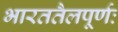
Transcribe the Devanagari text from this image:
भारततैलपूर्णः